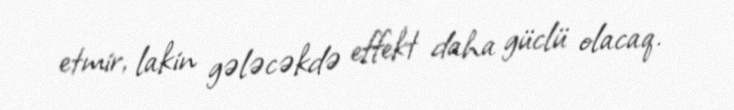
etmir, lakin gələcəkdə effekt daha güclü olacaq.